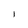
Character: I